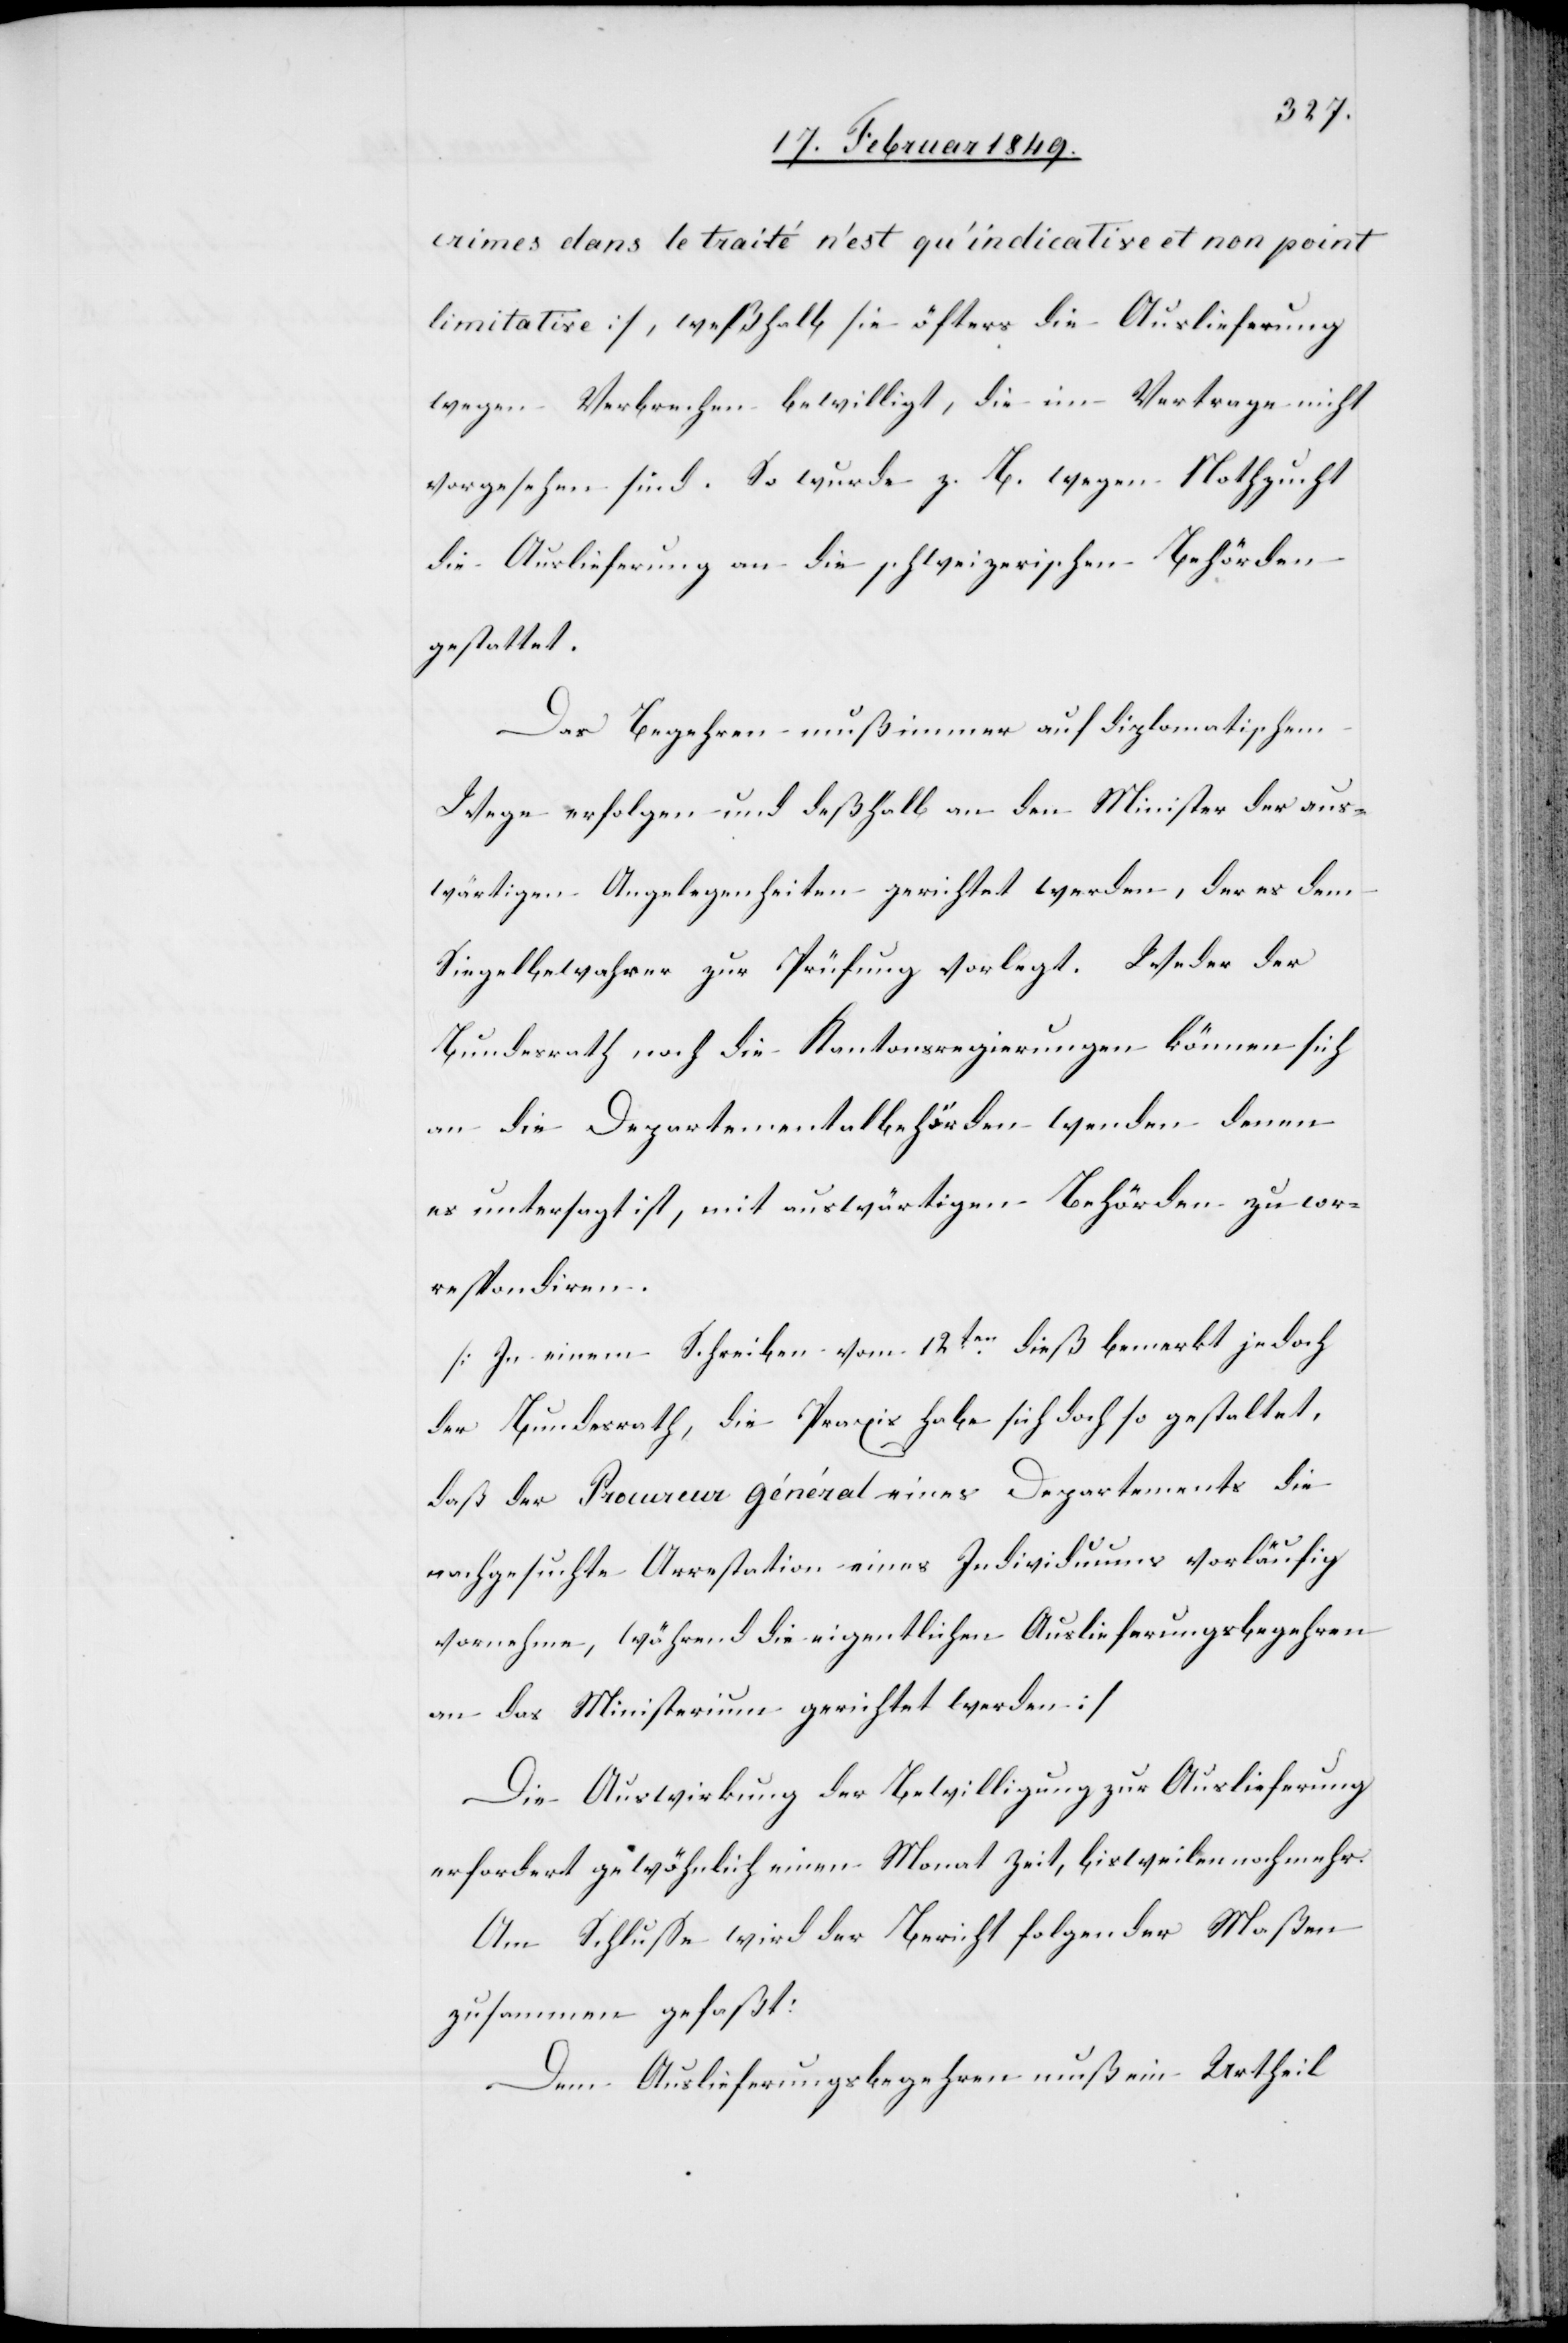
crimes dans le traité n’est qu’indicative et non point
limitative], weßhalb sie öfters die Auslieferung
wegen Verbrechen bewilligt, die im Vertrage nicht
vorgesehen sind. So wurde z. B. wegen Nothzucht
die Auslieferung an die schweizerischen Behörden
gestattet.
Das Begehren muß immer auf diplomatischem
Wege erfolgen und deßhalb an den Minister der aus¬
wärtigen Angelegenheiten gerichtet werden, der es dem
Siegelbewahrer zur Prüfung vorlegt. Weder der
Bundesrath noch die Kantonsregierungen können sich
an die Departementalbehörden wenden denen
es untersagt ist, mit auswärtigen Behörden zu cor¬
respondiren.
[In einem Schreiben vom 12ten. dieß bemerkt jedoch
der Bundesrath, die Praxis habe sich doch so gestaltet,
daß der Procureur général eines Departements die
nachgesuchte Arrestation eines Individuums vorläufig
vornehme, während die eigentlichen Auslieferungsbegehren
an das Ministerium gerichtet werden]
Die Auswirkung der Bewilligung zur Auslieferung
erfordert gewöhnlich einen Monat Zeit, bisweilen noch mehr.
Am Schlusse wird der Bericht folgender Maßen
zusammen gefaßt:
Dem Auslieferungsbegehren muß ein Urtheil